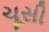
ચૂસી